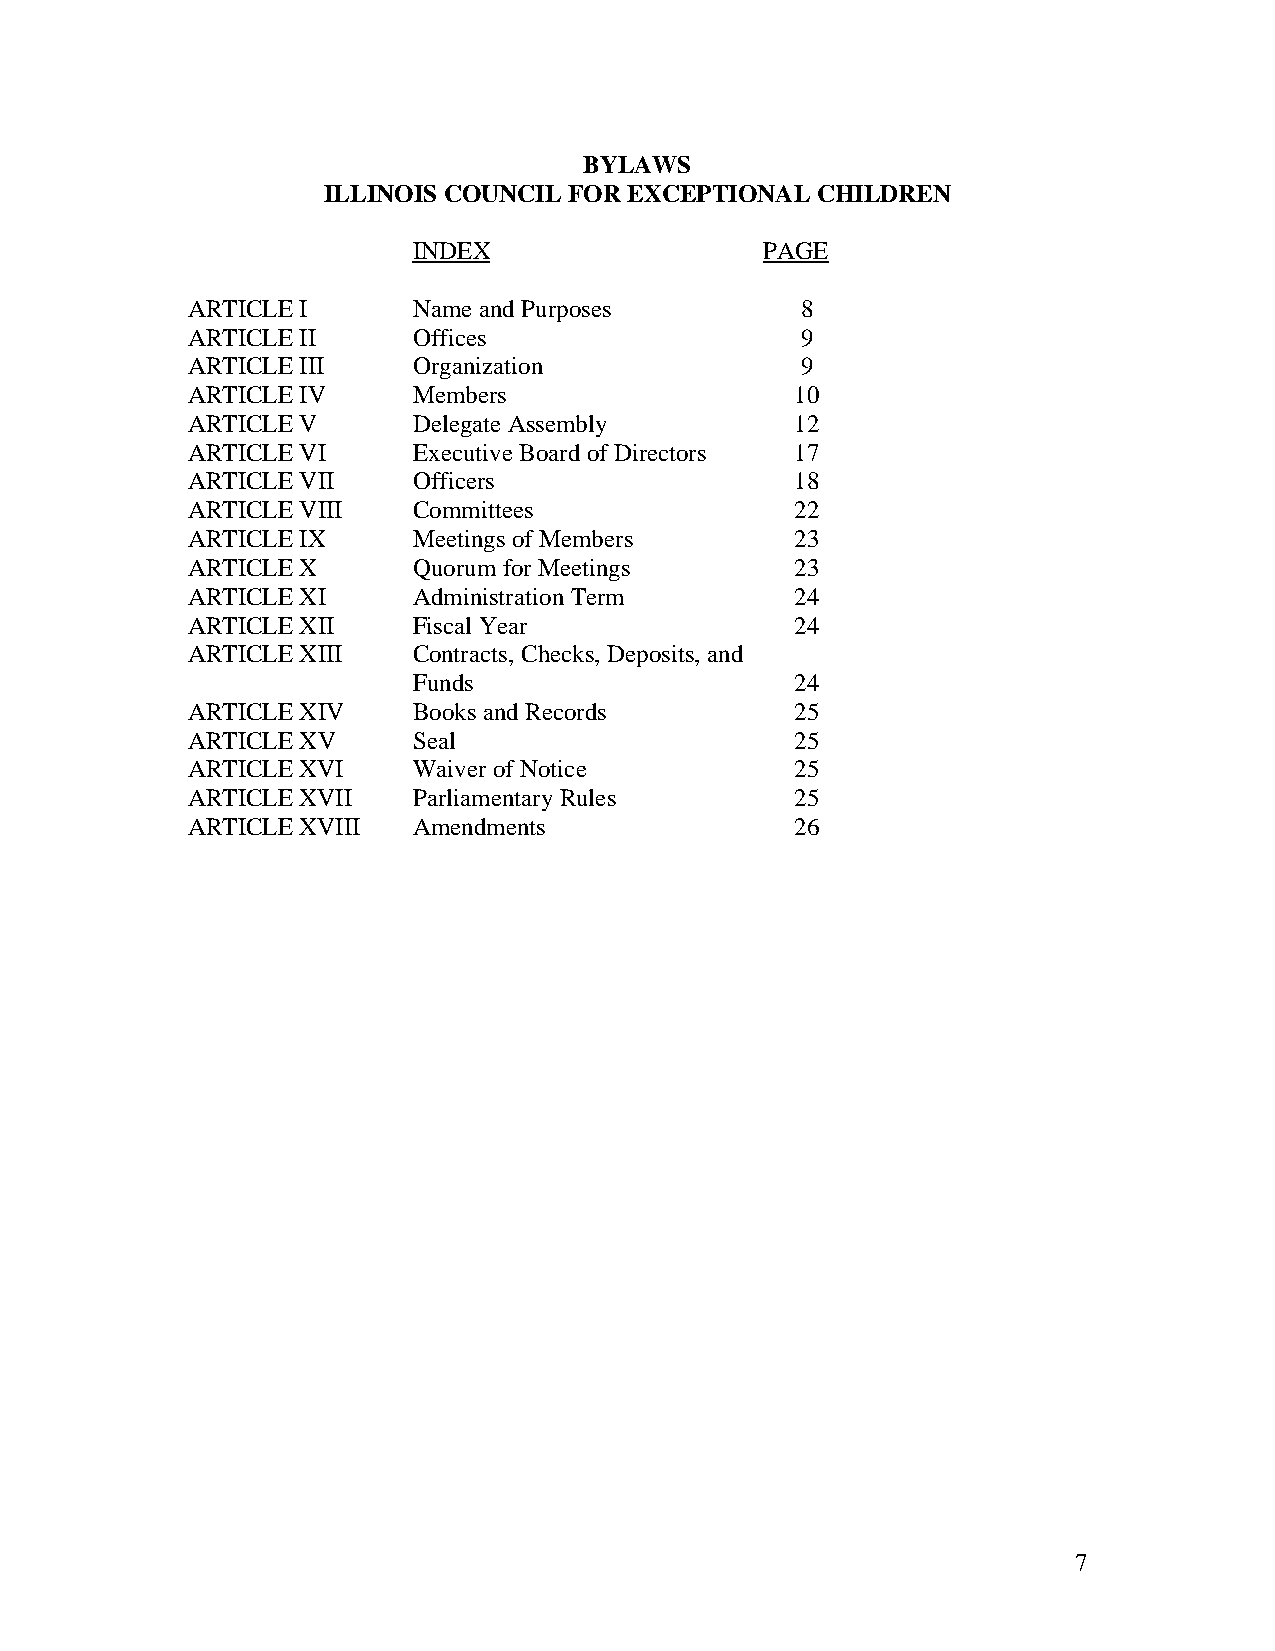
BYLAWS
 ILLINOIS COUNCIL FOR EXCEPTIONAL CHILDREN
 INDEX                   PAGE
 ARTICLE I      Name and Purposes         8
 ARTICLE II     Offices                   9
 ARTICLE III    Organization              9
 ARTICLE IV     Members                   10
 ARTICLE V      Delegate Assembly         12
 ARTICLE VI     Executive Board of Directors 17
 ARTICLE VII    Officers                  18
 ARTICLE VIII   Committees                22
 ARTICLE IX     Meetings of Members       23
 ARTICLE X      Quorum for Meetings       23
 ARTICLE XI     Administration Term       24
 ARTICLE XII    Fiscal Year               24
 ARTICLE XIII   Contracts, Checks, Deposits, and
 Funds                     24
 ARTICLE XIV    Books and Records         25
 ARTICLE XV     Seal                      25
 ARTICLE XVI    Waiver of Notice          25
 ARTICLE XVII   Parliamentary Rules       25
 ARTICLE XVIII  Amendments                26
 7